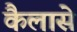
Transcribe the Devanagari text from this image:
कैलासे